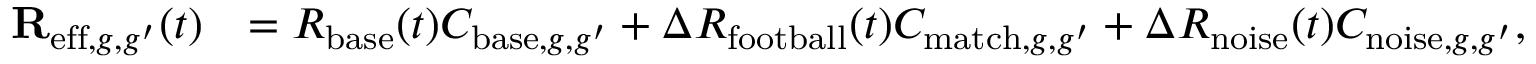
\begin{array} { r l } { \mathbf { R } _ { \mathrm { e f f } , g , g ^ { \prime } } ( t ) } & { = R _ { \mathrm { b a s e } } ( t ) C _ { \mathrm { b a s e } , g , g ^ { \prime } } + \Delta R _ { \mathrm { f o o t b a l l } } ( t ) C _ { \mathrm { m a t c h } , g , g ^ { \prime } } + \Delta R _ { \mathrm { n o i s e } } ( t ) C _ { \mathrm { n o i s e } , g , g ^ { \prime } } , } \end{array}